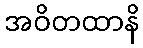
အဝိတထာနိ